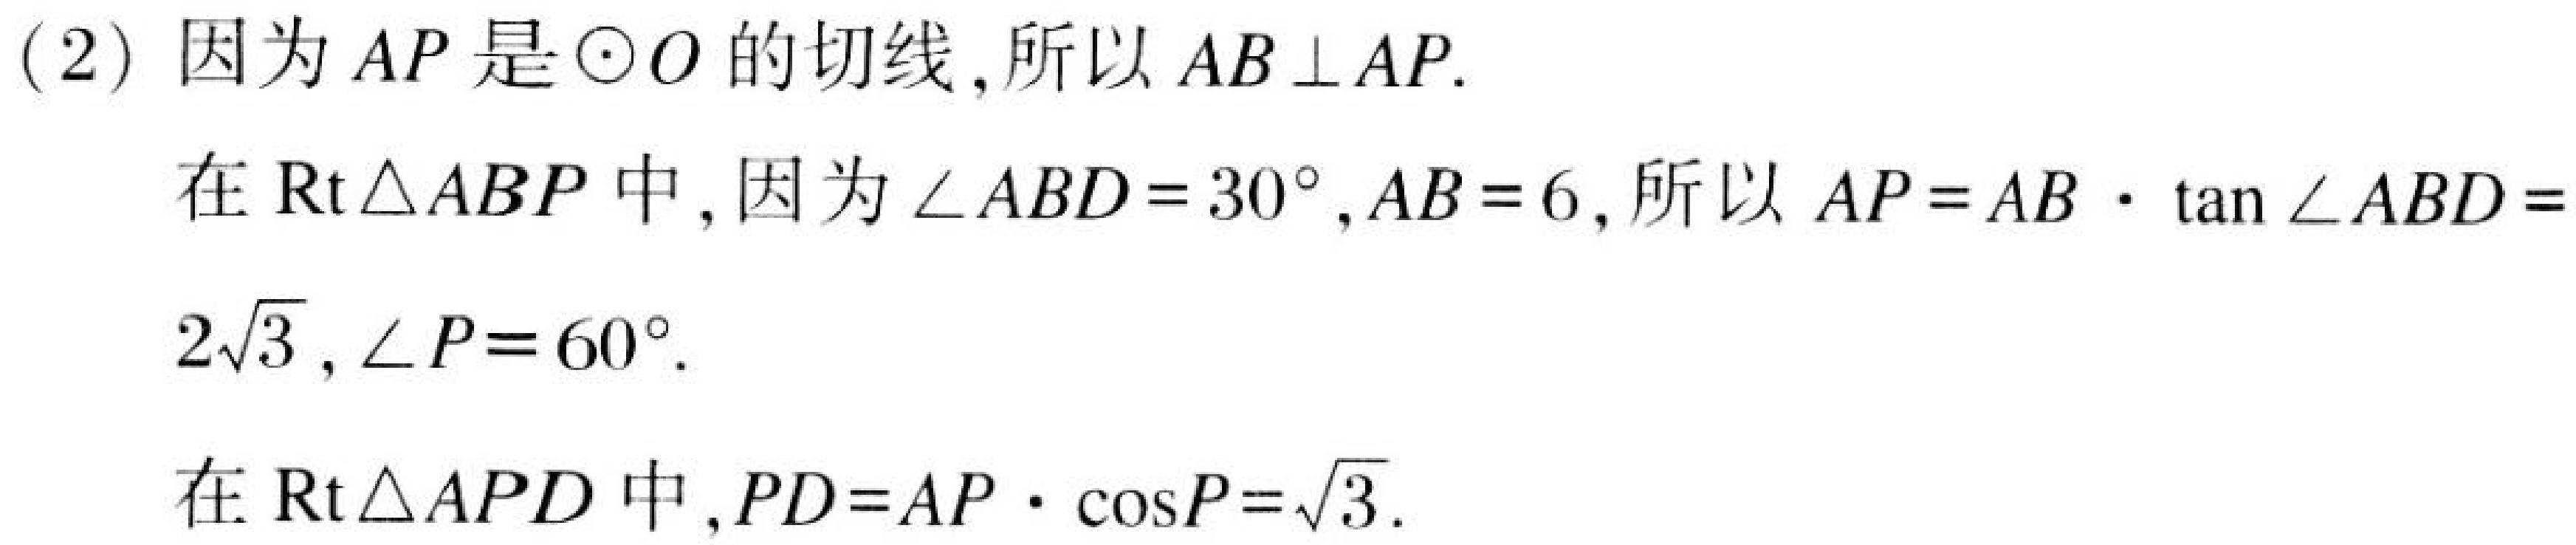
(2) 因为\(AP\)是\(\odot O\)的切线,所以\(AB\perp AP\).
在\(\text{Rt}\triangle ABP\)中,因为\(\angle ABD = 30^{\circ}\), \(AB = 6\),所以\(AP=AB\cdot\tan\angle ABD = 2\sqrt{3}\), \(\angle P = 60^{\circ}\).
在\(\text{Rt}\triangle APD\)中,\(PD = AP\cdot\cos P=\sqrt{3}\).